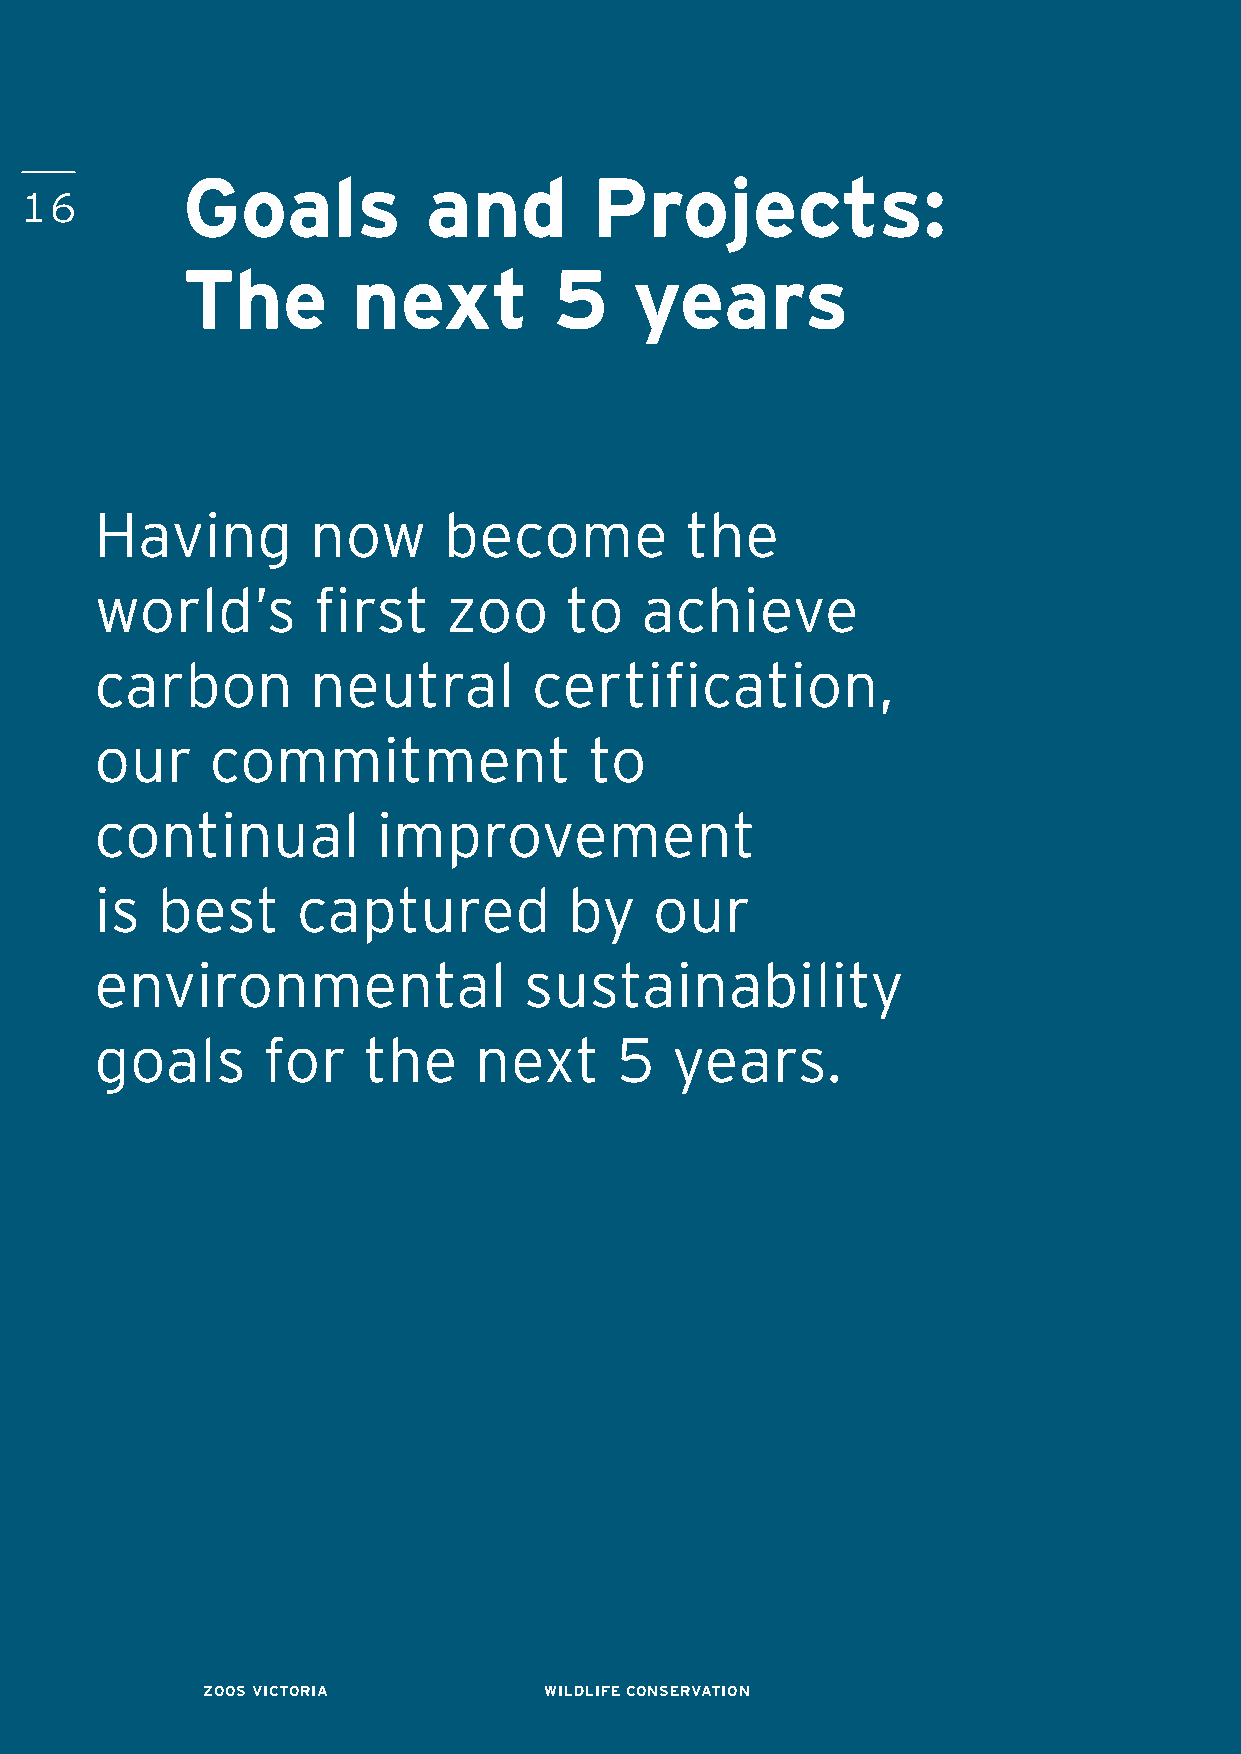
Goals           and        Projects:
 16
 The        next          5    years
 Having        now      become          the
 world’s        first    zoo    to   achieve
 carbon         neutral       certification,
 our     commitment               to
 continual          improvement
 is  best      captured          by   our
 environmental                sustainability
 goals      for    the    next      5  years.
 ZOOS VICTORIA          WILDLIFE CONSERVATION